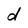
Character: d